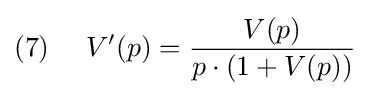
(7)~~~~V'(p)={\frac {V(p)}{p\cdot (1+V(p))}}